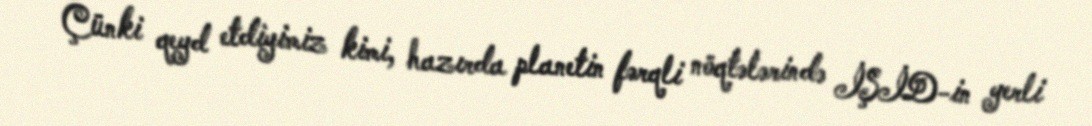
Çünki qeyd etdiyimiz kimi, hazırda planetin fərqli nöqtələrində İŞİD-in yerli